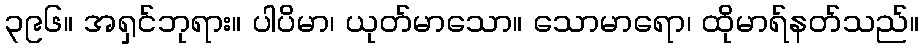
၃၉၆။ အရှင်ဘုရား။ ပါပိမာ၊ ယုတ်မာသော။ သောမာရော၊ ထိုမာရ်နတ်သည်။